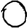
Digit: 0